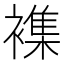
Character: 襍